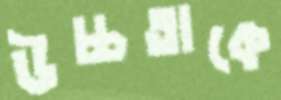
উচ্চতাকে